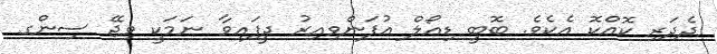
ދެދަރި ކޮއްކޮ އެކެވެ. ބޮބީ ޑިއޯލް އުފަންވިއިރު ދީފައިވާ ނަމަކީ ވިޖޭ ސިންގ